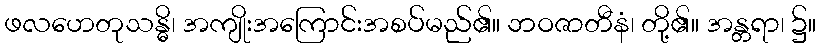
ဖလဟေတုသန္ဓိ၊ အကျိုးအကြောင်းအစပ်မည်၏။ ဘဝဇာတီနံ၊ တို့၏။ အန္တရာ၊ ၌။